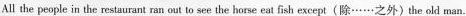
All the people in the restaurant ran out to see the horse eat fish except(除……之外〉the old man.